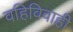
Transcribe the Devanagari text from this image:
वहिविवाही